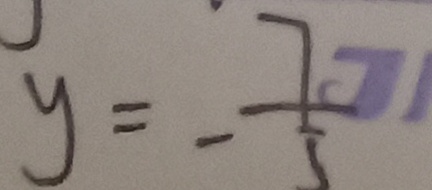
y = - \frac { 7 } { 5 }